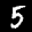
Label: 5